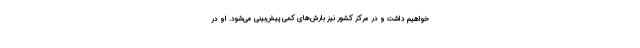
خواهیم داشت و در مرکز کشور نیز بارش‌های کمی پیش‌بینی می‌شود. او در